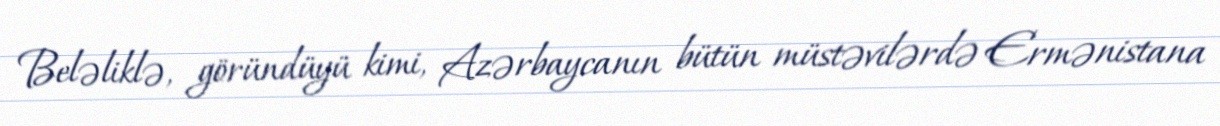
Beləliklə, göründüyü kimi, Azərbaycanın bütün müstəvilərdə Ermənistana